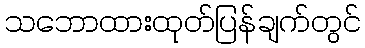
သဘောထားထုတ်ပြန်ချက်တွင်